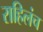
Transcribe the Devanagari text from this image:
राहिलंच